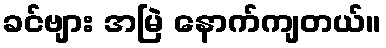
ခင်ဗျား အမြဲ နောက်ကျတယ်။